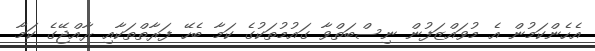
އެހެންކަމުން އެ މުވައްޒަފުން ނިސްބަތްވާ ގައުމުތަކުގެ ކަމާ ބެހޭ ފަރާތްތަކާއި ރާއްޖޭގެ ކަމާ